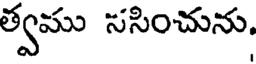
త్వము ససించును,